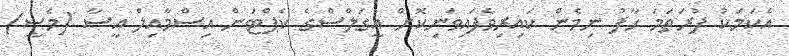
އެކަމަކު ފުރަތަމަ ހާފު ނިމެން ކައިރިވެފައިވަނިކޮށް އީގަލްސްގެ ކެޕްޓަން އިސްމާއިލް އީސާ (މެސީ)